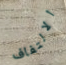
الالتفاف